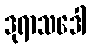
ဒုရာသဒေါ